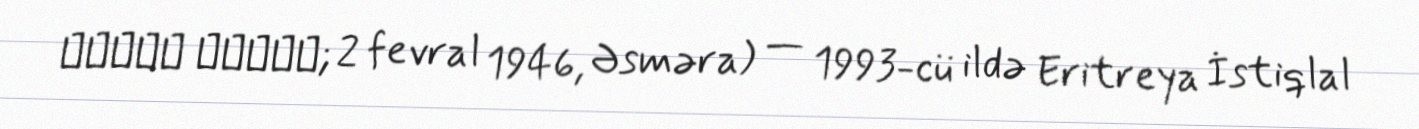
ኢሳይያስ ኣፈወርቂ; 2 fevral 1946, Əsməra) — 1993-cü ildə Eritreya İstiqlal